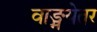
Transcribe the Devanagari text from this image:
वाङ्मयेतर